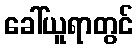
ခေါ်ယူရာတွင်